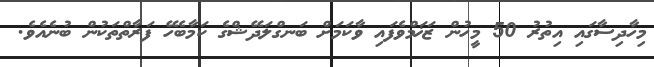
މިހާދިސާގައި އިތުރު 50 މީހުން ޒަޚަމްވެފައި ވާކަމަށް ބަނގްލަދޭޝްގެ ކަމާބެހޭ ފަރާތްތަކުން ބުނެއެވެ.